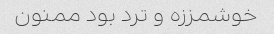
خوشمززه و ترد بود ممنون